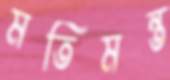
মতিমন্ত